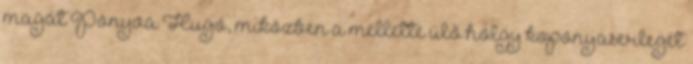
magát Ponyva Hugó, miközben a mellette ülő hölgy koponyaserlegét